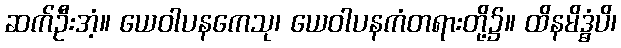
ဆက်ဦးအံ့။ ယေဝါပနကေသု၊ ယေဝါပနကံတရားတို့၌။ ထိနမိဒ္ဓံပိ၊